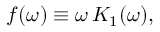
f ( \omega ) \equiv \omega \, K _ { 1 } ( \omega ) ,